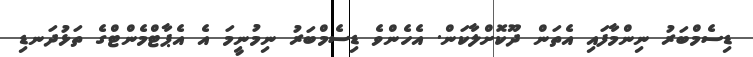
ޑިސެމްބަރު ނިންމާފައި އެތަން ދޫކޮށްލާކަން. އެހެންވެ ޑިސެމްބަރު ނިމުނީމަ އެ އެޕާޓްމެންޓްގެ ތަޅުދަނޑި